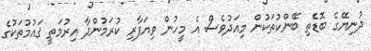
ދުނިޔޭގެ ބޮޑެތި ބޭންކުތަކުން މިއަދުވެސް އެ މީހުން ވިޔަފާރި ކުރަމުންދާ އިރުމަތީ ޤައުމުތަކުގެ